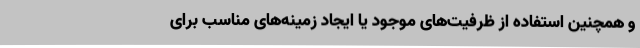
و همچنین استفاده از ظرفیت‌های موجود یا ایجاد زمینه‌های مناسب برای